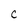
Character: c